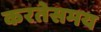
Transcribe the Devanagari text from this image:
करतेसमय